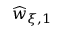
\widehat { w } _ { \xi , 1 }